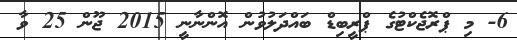
6- މި ޕްރޮޖެކްޓުގެ ޕްރީބިޑް ބައްދަލުވުން އޮންނާނީ 2015 ޖޫން 25 ވާ